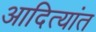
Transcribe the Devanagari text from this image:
आदित्यांत